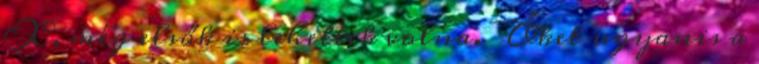
X, még elsők is lehettek volna. Őket ugyanis a